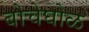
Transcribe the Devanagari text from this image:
बोचेघोळ